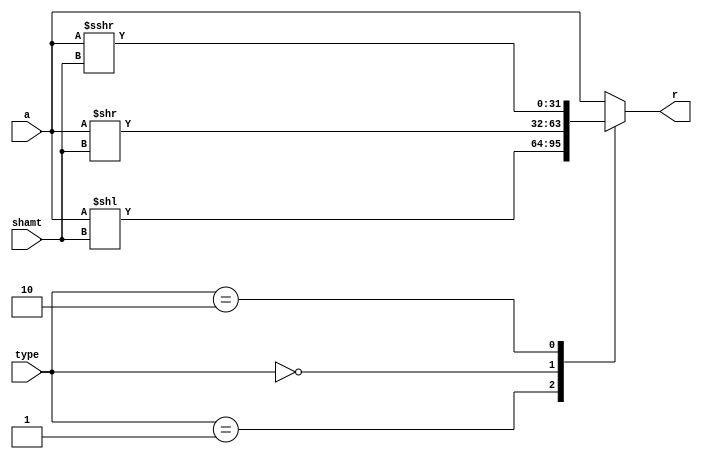
module shifter(input [31:0]a, input [31:0] shamt, input [1:0]type, output reg[31:0] r);

always @(*)
begin
r = a;
case(type)
   2'b01:  r = a << shamt; //sll
   2'b00: r = $unsigned(a) >> shamt;//srl
   2'b10:  r = $signed(a) >>> shamt;//sra 
   endcase
end

endmodule